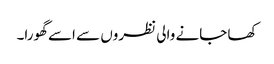
کھا جانے والی نظروں سے اسے گھورا۔